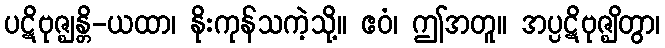
ပဋိဗုဇ္ဈန္တိ-ယထာ၊ နိုးကုန်သကဲ့သို့။ ဧဝံ၊ ဤအတူ။ အပ္ပဋိဗုဇ္ဈိတွာ၊